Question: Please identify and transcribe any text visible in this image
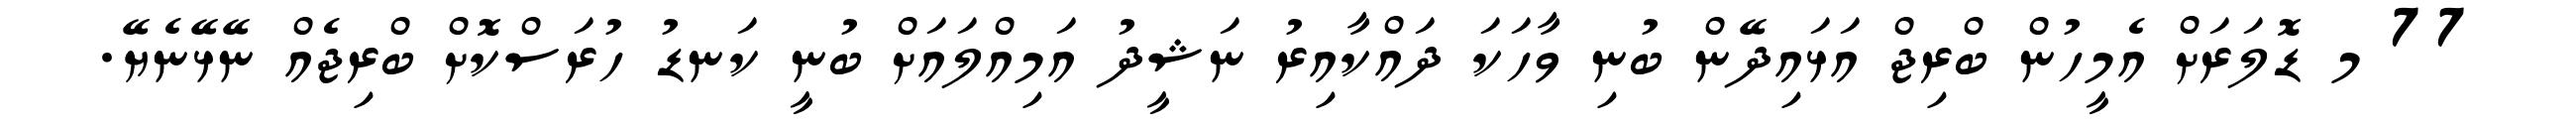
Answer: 77 މ ޑޮލަރަށް އެމީހުން ބްރިޖް އަޅައިދޭން ބުނި ވާހަކަ ދައްކާއިރު ނަޝީދު އަމިއްލައަށް ބުނީ ކަނޑު ހުރަސްކޮށް ބްރިޖެއް ނޭޅޭނެޔޭ.